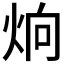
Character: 𤈍